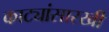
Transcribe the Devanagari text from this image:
काट्यांसारखी